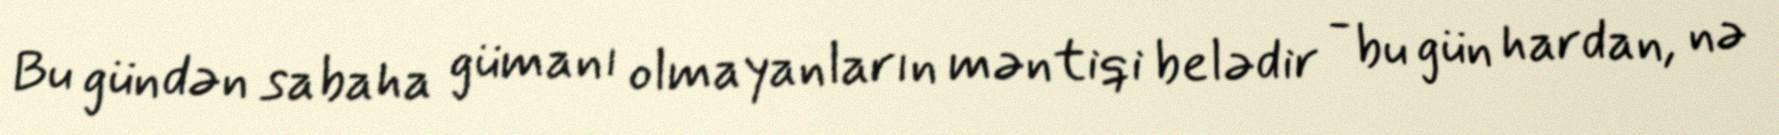
Bu gündən sabaha gümanı olmayanların məntiqi belədir - bu gün hardan, nə